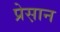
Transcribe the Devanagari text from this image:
प्रेस़ान